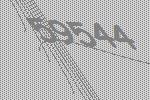
59544